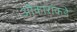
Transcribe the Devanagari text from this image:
ओंकारांकडे